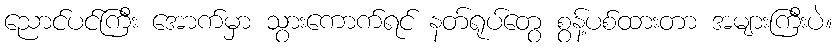
ညောင်ပင်ကြီး အောက်မှာ သွားကောက်ရင် နတ်ရုပ်တွေ စွန့်ပစ်ထားတာ အများကြီးပဲ။